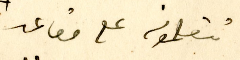
تتعلمونه على مقاعد